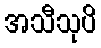
အသီသုပိ